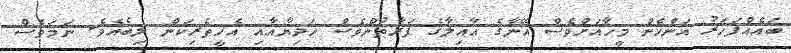
ބައެއްފަހަރު އަންހެން މީހާއަށްވެސް އޭނާގެ ޢާއިލާގެ ފަރާތުންވެސް ހަދިޔާއާއި އެހީތެރިކަން ލިބެއެވެ. ނަމަވެސް